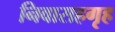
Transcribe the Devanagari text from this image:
निवासहगृह